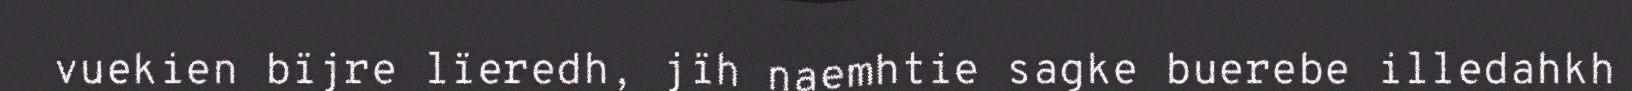
vuekien bïjre lïeredh, jïh naemhtie sagke buerebe illedahkh